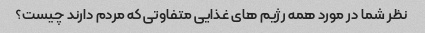
نظر شما در مورد همه رژیم های غذایی متفاوتی که مردم دارند چیست؟